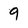
Character: 9